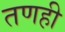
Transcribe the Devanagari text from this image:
तणही